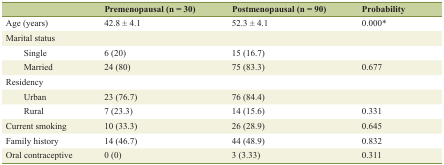
|  | Premenopausal (n = 30) | Postmenopausal (n = 90) | Probability |
 | --- | --- | --- | --- |
 | Age (years) | 42.8 ± 4.1 | 52.3 ± 4.1 | 0.000* |
 | Marital status |  |  |  |
 | Single | 6 (20) | 15 (16.7) |  |
 | Married | 24 (80) | 75 (83.3) | 0.677 |
 | Residency |  |  |  |
 | Urban | 23 (76.7) | 76 (84.4) |  |
 | Rural | 7 (23.3) | 14 (15.6) | 0.331 |
 | Current smoking | 10 (33.3) | 26 (28.9) | 0.645 |
 | Family history | 14 (46.7) | 44 (48.9) | 0.832 |
 | Oral contraceptive | 0 (0) | 3 (3.33) | 0.311 |